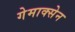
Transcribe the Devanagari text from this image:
गेमाक्सेन